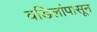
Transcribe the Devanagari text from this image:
वडिलांपासून